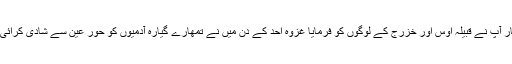
ایک بار آپ نے قبیلہ اوس اور خزرج کے لوگوں کو فرمایا غزوہ احد کے دن میں نے تمھارے گیارہ آدمیوں کو حور عین سے شادی کرائی تھی ۔